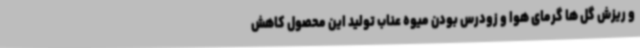
و ریزش گل ها گرمای هوا و زودرس بودن میوه عناب تولید این محصول کاهش